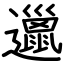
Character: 邋